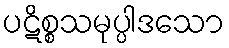
ပဋိစ္စသမုပ္ပါဒသော